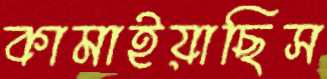
কামাইয়াছিস